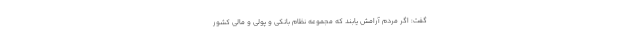
گفت: اگر مردم آرامش یابند که مجموعه نظام بانکی و پولی و مالی کشور